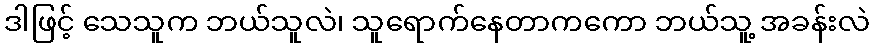
ဒါဖြင့် သေသူက ဘယ်သူလဲ၊ သူရောက်နေတာကကော ဘယ်သူ့ အခန်းလဲ